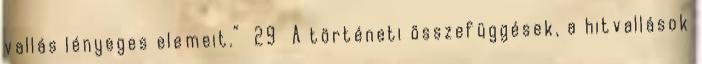
vallás lényeges elemeit.” 29 A történeti összefüggések, a hitvallások